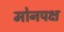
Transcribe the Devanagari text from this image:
मोनपक्ष